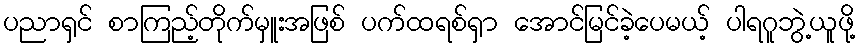
ပညာရှင် စာကြည့်တိုက်မှူးအဖြစ် ပက်ထရစ်ရှာ အောင်မြင်ခဲ့ပေမယ့် ပါရဂူဘွဲ့ယူဖို့